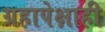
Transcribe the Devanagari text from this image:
ग्रहापेक्षाही